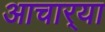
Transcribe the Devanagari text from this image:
आचार्‍या